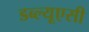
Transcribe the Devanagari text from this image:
डब्ल्यूएसी